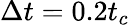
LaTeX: \Delta t=0.2t_{c}